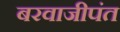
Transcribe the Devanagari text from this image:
बरवाजीपंत